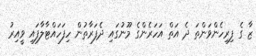
ޒާ ގެ ފިރިހެންވަންތަ ދެ އަތް އަހަރެންގެ މޫނުގައި ދެފަރާތުން ހިފަހައްޓާލާފައި ވީއިރު